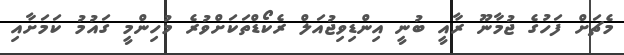
މެޗަށް ފަހުގެ ޖުމާނޫ ރާއީ ބުނީ އިންޑިވިޖުއަލް ރެކޯޑްތަކަށްވުރެ މުހިންމީ ގައުމު ކަމަށާއި